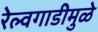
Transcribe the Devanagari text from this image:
रेल्वगाडीमुळे